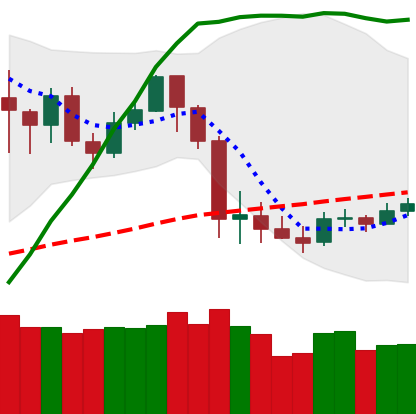
Ticker: LTC-USD
Chart end date: 2020-03-06
Forward return: -23.105%
Label: down_7plus